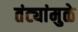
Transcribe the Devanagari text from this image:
तंट्यांमुळे